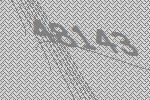
48143